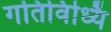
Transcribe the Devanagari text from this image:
गतिविध्यिं